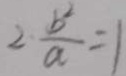
2 \frac { b ^ { 2 } } { a } = 1